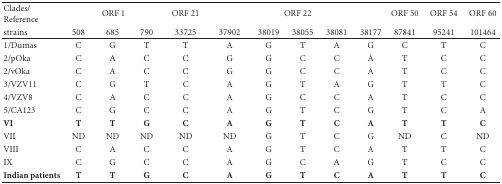
| Clades/ Reference | <COLSPAN=3> ORF 1 | ORF 21 | <COLSPAN=5> ORF 22 | ORF 50 | ORF 54 | ORF 60 |
 | strains | 508 | 685 | 790 | 33725 | 37902 | 38019 | 38055 | 38081 | 38177 | 87841 | 95241 | 101464 |
 | --- | --- | --- | --- | --- | --- | --- | --- | --- | --- | --- | --- | --- |
 | 1/Dumas | C | G | T | T | A | G | T | A | G | C | T | C |
 | 2/pOka | C | A | C | C | G | G | C | C | A | T | C | C |
 | 2/vOka | C | A | C | C | G | G | C | C | A | T | C | C |
 | 3/VZV11 | C | G | T | C | A | G | T | A | G | T | T | C |
 | 4/VZV8 | C | A | C | C | A | G | C | C | A | T | C | C |
 | 5/CA123 | C | G | C | C | A | G | T | C | G | T | C | A |
 | VI | T | T | G | C | A | G | T | C | A | T | T | C |
 | VII | ND | ND | ND | ND | ND | G | T | C | G | ND | C | ND |
 | VIII | C | A | C | C | A | G | T | C | A | T | T | C |
 | IX | C | G | C | C | A | G | C | A | G | T | C | C |
 | Indian patients | T | T | G | C | A | G | T | C | A | T | T | C |